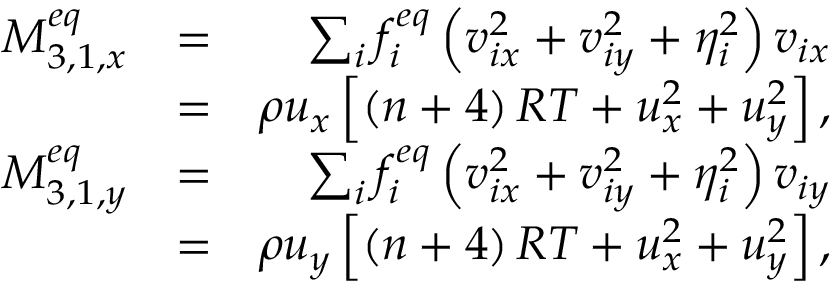
\begin{array} { r l r } { M _ { 3 , 1 , x } ^ { e q } } & { = } & { \sum _ { i } { f _ { i } ^ { e q } \left( { v _ { i x } ^ { 2 } + v _ { i y } ^ { 2 } + \eta _ { i } ^ { 2 } } \right) { v _ { i x } } } } \\ & { = } & { \rho { u _ { x } } \left[ { \left( { n + 4 } \right) R T + u _ { x } ^ { 2 } + u _ { y } ^ { 2 } } \right] , } \\ { M _ { 3 , 1 , y } ^ { e q } } & { = } & { \sum _ { i } { f _ { i } ^ { e q } \left( { v _ { i x } ^ { 2 } + v _ { i y } ^ { 2 } + \eta _ { i } ^ { 2 } } \right) { v _ { i y } } } } \\ & { = } & { \rho { u _ { y } } \left[ { \left( { n + 4 } \right) R T + u _ { x } ^ { 2 } + u _ { y } ^ { 2 } } \right] , } \end{array}